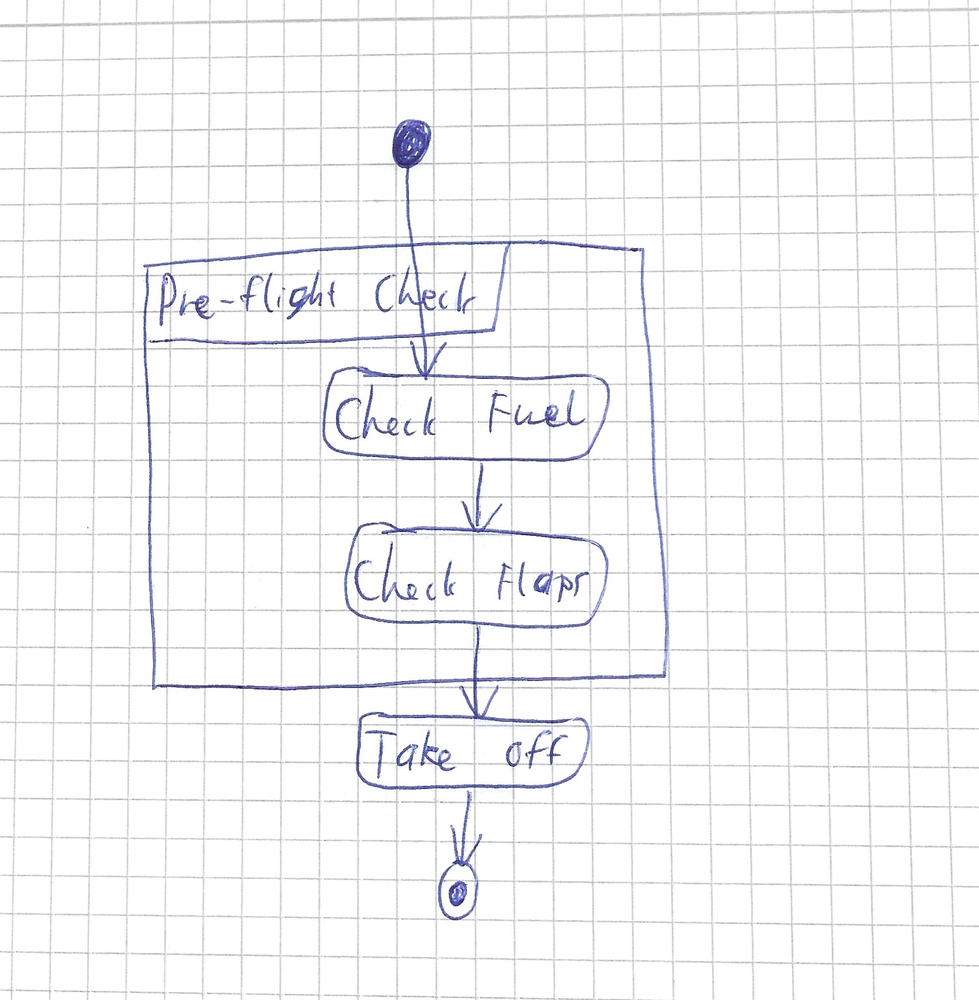
Diagram type: activity_diagram
```plantuml
@startuml

start
group Pre-flight Check {
  :Check Fuel;
  :Check Flaps;
}
:Take off;
stop

@enduml
```